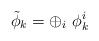
\begin{align*}\tilde \phi_k = \oplus_i\ \phi_k^i\end{align*}